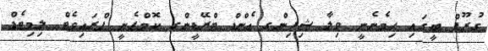
ގުރޫޕް ބީގައި ހިމެނެނީ ވިލާ ޝިޕިންގ އެންޑް ޓްރޭޑީންގ ކޮމްޕެނީ ޕްރައިވެޓް ލިމިޓެޑް